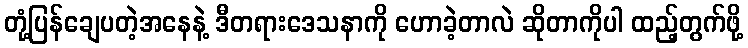
တုံ့ပြန်ချေပတဲ့အနေနဲ့ ဒီတရားဒေသနာကို ဟောခဲ့တာလဲ ဆိုတာကိုပါ ထည့်တွက်ဖို့